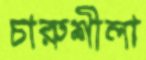
চারুশীলা